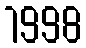
1998